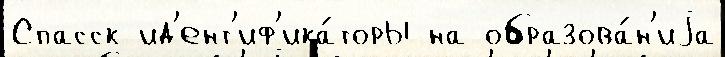
Спасск ид'ент'иф'ика́торы на образова́н'иjа